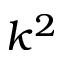
k ^ { 2 }